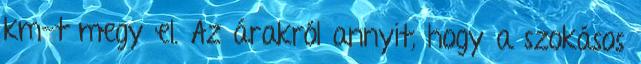
km-t megy el. Az árakról annyit, hogy a szokásos